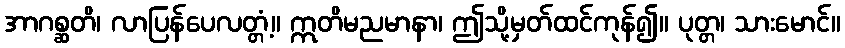
အာဂစ္ဆတိ၊ လာပြန်ပေလတ္တံ့။ ဣတိမညမာနာ၊ ဤသို့မှတ်ထင်ကုန်၍။ ပုတ္တ၊ သားမောင်။